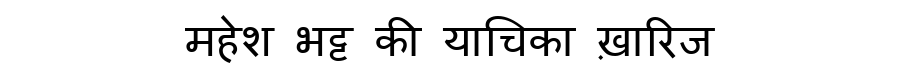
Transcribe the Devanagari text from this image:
महेश भट्ट की याचिका ख़ारिज